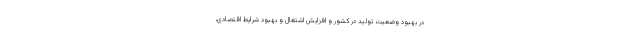
در بهبود وضعیت تولید در کشور و افزایش اشتغال و بهبود شرایط اقتصادی،